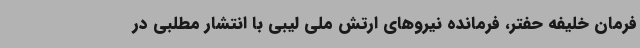
فرمان خلیفه حفتر، فرمانده نیروهای ارتش ملی لیبی با انتشار مطلبی در